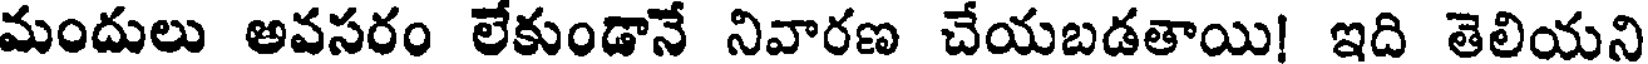
మందులు అవసరం లేకుండానే నివారణ చేయబడతాయి! ఇది తెలియని